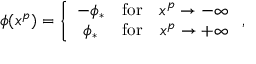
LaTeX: \phi ( x ^ { p } ) = \left\{ \begin{array} { c c c } { { - \phi _ { * } } } & { { \mathrm { f o r } } } & { { x ^ { p } \to - \infty } } \\ { { \phi _ { * } } } & { { \mathrm { f o r } } } & { { x ^ { p } \to + \infty } } \end{array} \right. ,